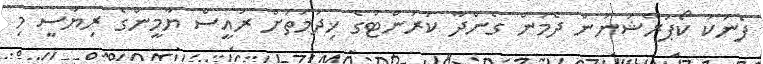
ފެނަކަ ކޯޕަރޭޝަނުން ދެމުން ގެންދާ ކަރަންޓުގެ ޚިދުމަތަށް ރައީސް ޔާމީންގެ ރިޔާސީ މި